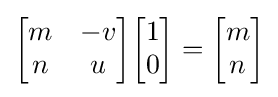
{\begin{bmatrix}m&-v\\n&u\end{bmatrix}}{\begin{bmatrix}1\\0\end{bmatrix}}={\begin{bmatrix}m\\n\end{bmatrix}}